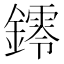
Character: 𨭭